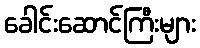
ခေါင်းဆောင်ကြီးများ